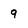
Character: 9